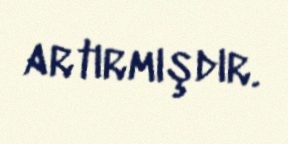
artırmışdır.